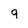
Character: q